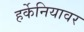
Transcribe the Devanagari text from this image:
हर्केनियावर